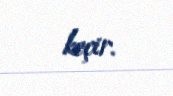
keçir.